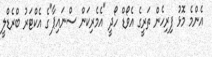
އެންމެ މޮޅު ފިރިހެން ތަރީގެ އެވޯޑް ހޯދީ "އެމެރިކަން ސްނައިޕާ"ގެ އެކްޓަރު ބްރެޑްލީ